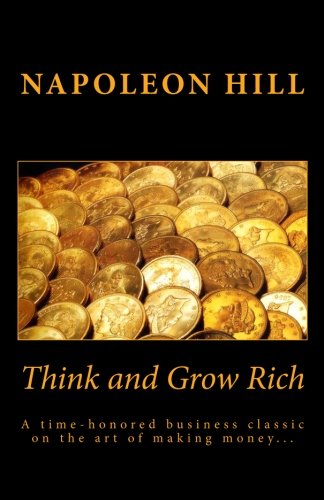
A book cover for Think and Grow Rich; Napoleon Hill; Reference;